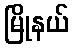
မြိုနယ်